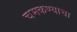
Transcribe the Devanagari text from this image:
चमकण्याचा